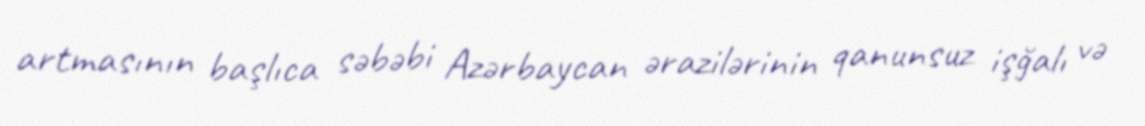
artmasının başlıca səbəbi Azərbaycan ərazilərinin qanunsuz işğalı və